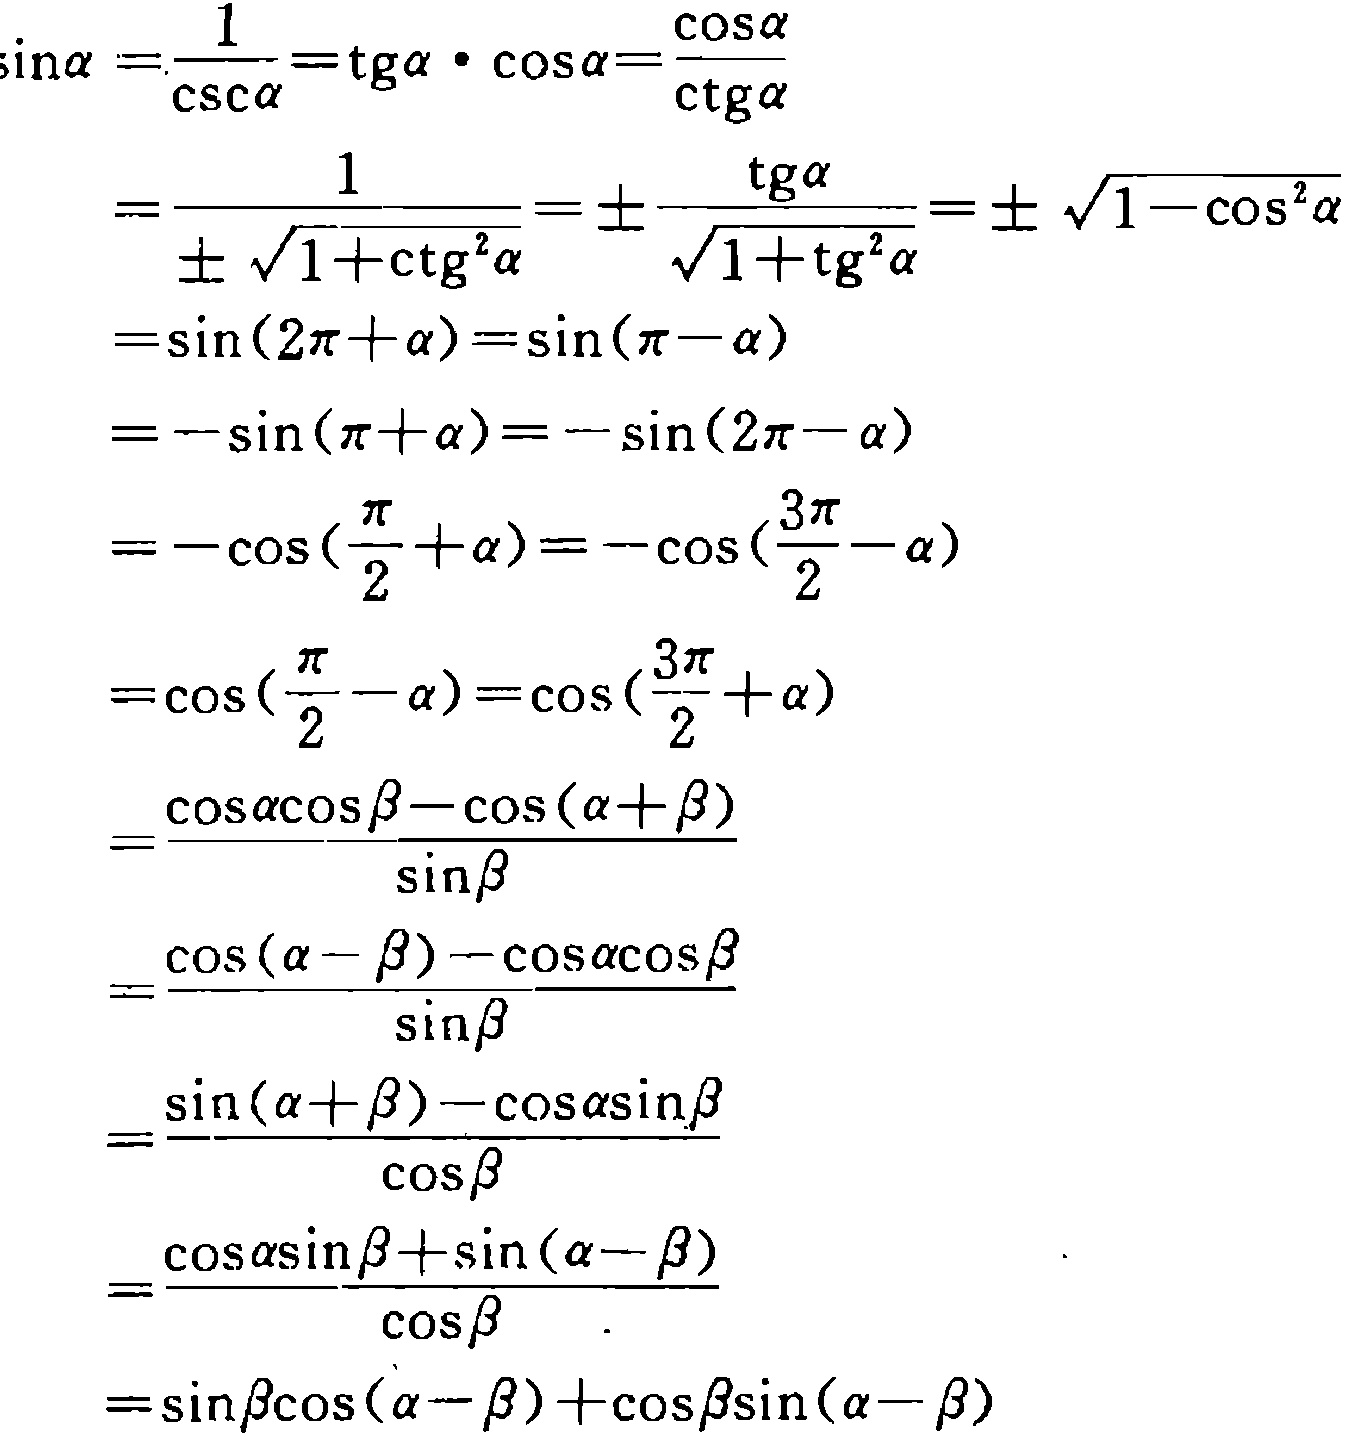
\[

\begin{align*}

\sin\alpha&=\frac{1}{\csc\alpha}=\mathrm{tg}\alpha\cdot\cos\alpha=\frac{\cos\alpha}{\mathrm{ctg}\alpha}\\

&=\frac{1}{\pm\sqrt{1 + \mathrm{ctg}^{2}\alpha}}=\pm\frac{\mathrm{tg}\alpha}{\sqrt{1+\mathrm{tg}^{2}\alpha}}=\pm\sqrt{1 - \cos^{2}\alpha}\\

&=\sin(2\pi+\alpha)=\sin(\pi-\alpha)\\

&=-\sin(\pi+\alpha)=-\sin(2\pi-\alpha)\\

&=-\cos(\frac{\pi}{2}+\alpha)=-\cos(\frac{3\pi}{2}-\alpha)\\

&=\cos(\frac{\pi}{2}-\alpha)=\cos(\frac{3\pi}{2}+\alpha)\\

&=\frac{\cos\alpha\cos\beta-\cos(\alpha+\beta)}{\sin\beta}\\

&=\frac{\cos(\alpha - \beta)-\cos\alpha\cos\beta}{\sin\beta}\\

&=\frac{\sin(\alpha+\beta)-\cos\alpha\sin\beta}{\cos\beta}\\

&=\frac{\cos\alpha\sin\beta+\sin(\alpha - \beta)}{\cos\beta}\\

&=\sin\beta\cos(\alpha - \beta)+\cos\beta\sin(\alpha - \beta)

\end{align*}

\]